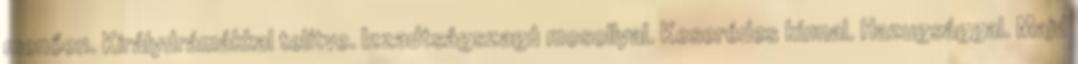
menően. Királydrámákkal telítve. Izzadtságszagú mosollyal. Keserédes kínnal. Hazugsággal. Majd